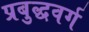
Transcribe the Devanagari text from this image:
प्रबुद्धवर्ग